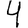
Digit: 4